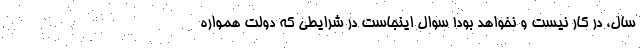
سال، در کار نیست و نخواهد بود! سوال اینجاست در شرایطی که دولت همواره